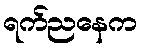
ရက်ညနေက